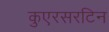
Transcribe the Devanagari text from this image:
कुएरसरटिन